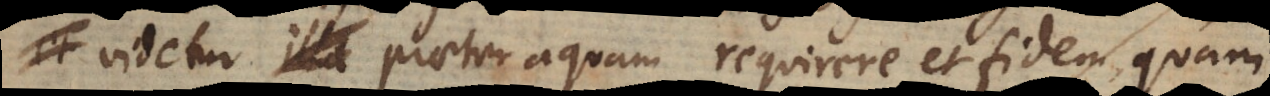
videtur praeter aquam requirere et fidem, quam